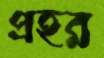
প্রহর